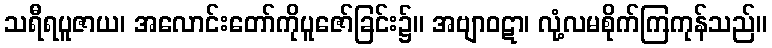
သရီရပူဇာယ၊ အလောင်းတော်ကိုပူဇော်ခြင်း၌။ အဗျာဝဋာ၊ လုံ့လမစိုက်ကြကုန်သည်။